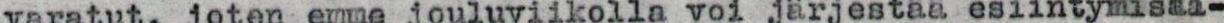
varatut, joten emme jouluviikolla voi järjestää esiintymistä-